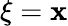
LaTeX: \xi=\mathbf{x}